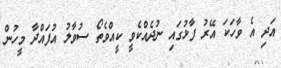
އަދި އެ ވާހަކަ އޭރު ފާޅުގައި ނުދެއްކެވީ ކީއްވެތޯ ސުވާލު އުފައްދާ މީހުން